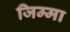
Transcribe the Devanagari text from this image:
जिम्‍मा